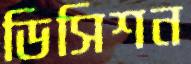
ডিসিশন